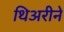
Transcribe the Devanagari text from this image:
थिअरीने